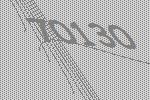
70130